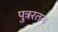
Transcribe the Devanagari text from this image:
पुत्ररतन